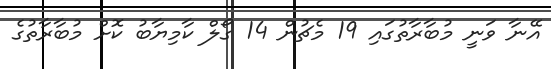
އޭނާ ވަނީ މުބާރާތުގައި 19 މެޗުން 14 ގޯލް ކާމިޔާބު ކޮށް މުބާރާތުގެ